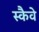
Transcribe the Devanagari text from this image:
स्कैवे